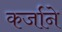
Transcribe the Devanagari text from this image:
कर्जाने